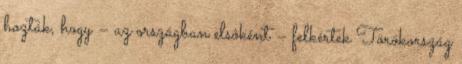
hozták, hogy – az országban elsôként – felkértek Törökország